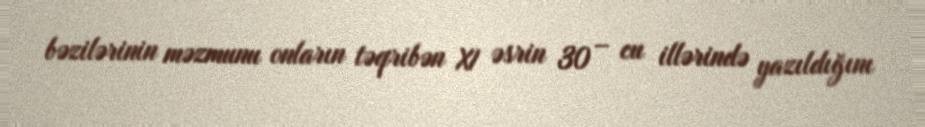
bəzilərinin məzmunu onların təqribən XI əsrin 30 – cu illərində yazıldığını